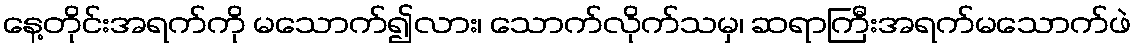
နေ့တိုင်းအရက်ကို မသောက်၍လား၊ သောက်လိုက်သမှ၊ ဆရာကြီးအရက်မသောက်ဖဲ